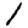
Digit: 1